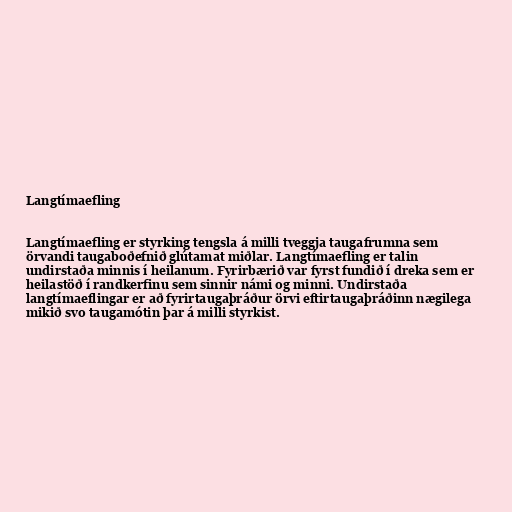
Langtímaefling

Langtímaefling er styrking tengsla á milli tveggja taugafrumna sem
örvandi taugaboðefnið glútamat miðlar. Langtímaefling er talin
undirstaða minnis í heilanum. Fyrirbærið var fyrst fundið í dreka sem er
heilastöð í randkerfinu sem sinnir námi og minni. Undirstaða
langtímaeflingar er að fyrirtaugaþráður örvi eftirtaugaþráðinn nægilega
mikið svo taugamótin þar á milli styrkist.